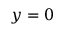
y = 0